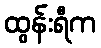
ထွန်းရီက